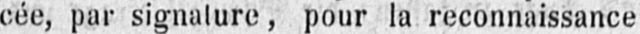
cée, par signature, pour la reconnaissance